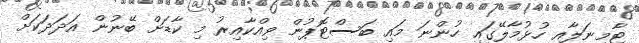
ޓާމިނަލާއި ހުޅުމާލޭގައި ހުންނަ މައި ބަސްޓޮޕުން ވިއްކާއިރު މި ކާޑަށް ބޭނުން އަދަދަކަށް